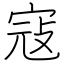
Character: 寇